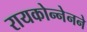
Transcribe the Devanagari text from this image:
रायकोन्नेनने